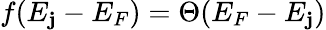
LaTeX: f(E_{\mathbf{j}}-E_{F})=\Theta(E_{F}-E_{\mathbf{j}})